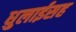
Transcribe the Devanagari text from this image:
धुलाईसह